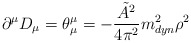
\begin{align*}\partial^{\mu} D_{\mu} = \theta^{\mu}_{\mu} = - \frac{\tilde{A}^2}{4 \pi^2} m_{dyn}^2 \rho^2 \end{align*}